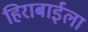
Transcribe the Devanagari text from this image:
हिराबाईला